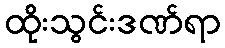
ထိုးသွင်းဒဏ်ရာ